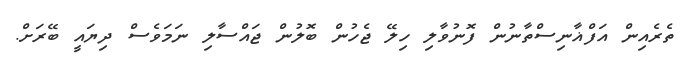
ތެރެއިން އަފްޣާނިސްތާނުން ފޮނުވާލި ހިލޭ ޖެހުން ބޮލުން ޖައްސާލި ނަމަވެސް ދިޔައީ ބޭރަށް.